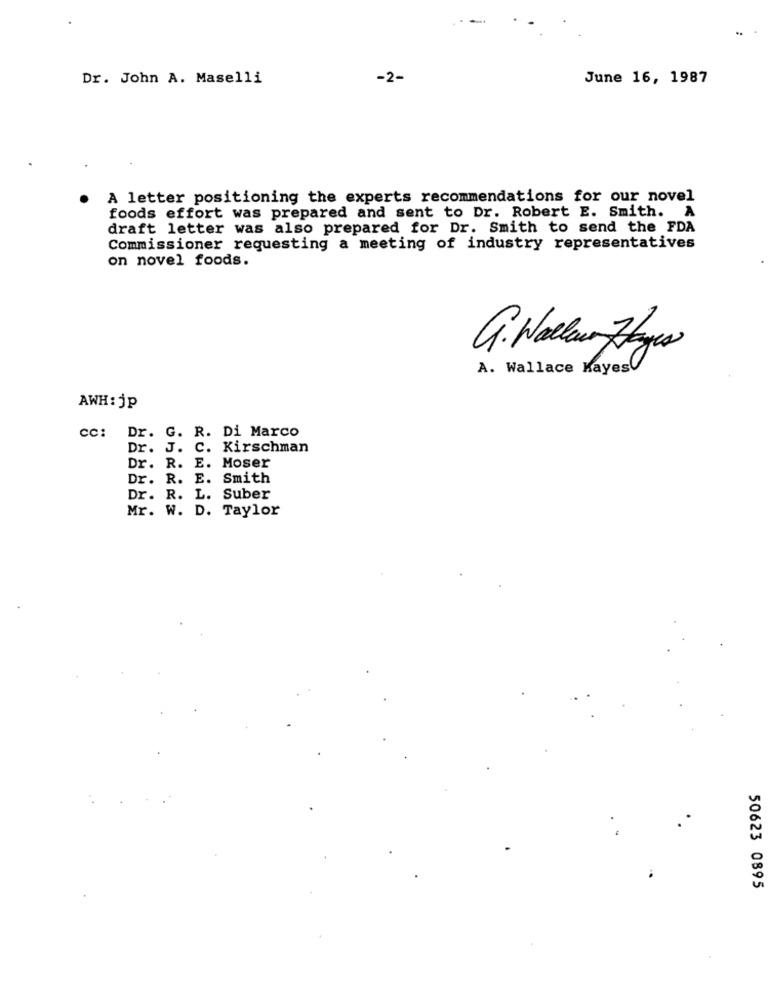
Dr. John A. Maselli
-2-
June 16, 1987
A letter positioning the experts recommendations for our novel
foods effort was prepared and sent to Dr. Robert E. Smith. A
draft letter was also prepared for Dr. Smith to send the FDA
Commissioner requesting a meeting of industry representatives
on novel foods.
G. Wallow Hayes
A. Wallace Kayes
AWH: jp
cc: Dr. G. R. Di Marco
Dr. J. C. Kirschman
Dr. R. E. Moser
Dr. R. E. Smith
Dr. R. L. Suber
Mr. W. D. Taylor
50623 0895